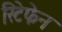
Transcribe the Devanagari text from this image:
रिटेफेन